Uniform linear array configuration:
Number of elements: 8
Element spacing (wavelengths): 0.5
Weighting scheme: cosine
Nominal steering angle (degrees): -45
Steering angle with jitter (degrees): -43.993
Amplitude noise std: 0.05
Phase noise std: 0.05

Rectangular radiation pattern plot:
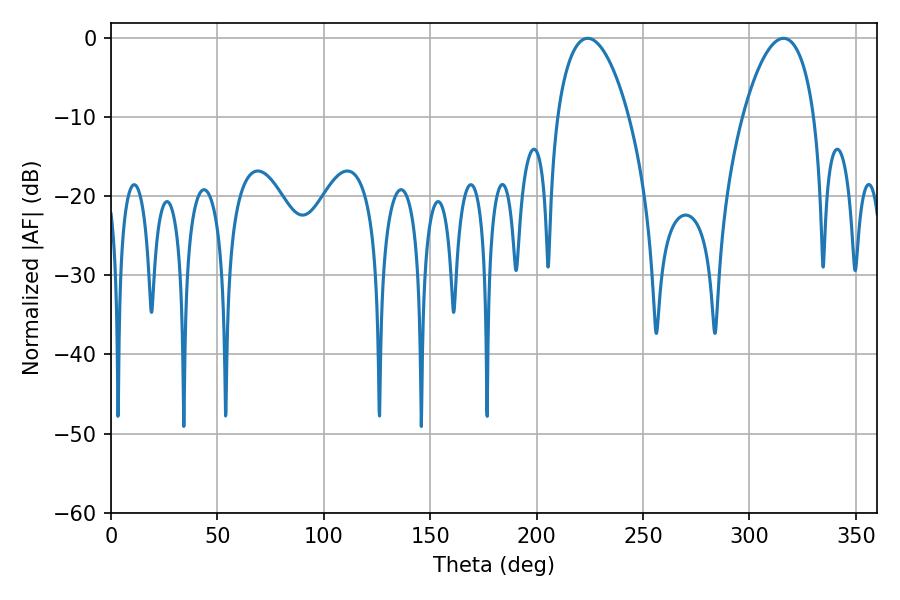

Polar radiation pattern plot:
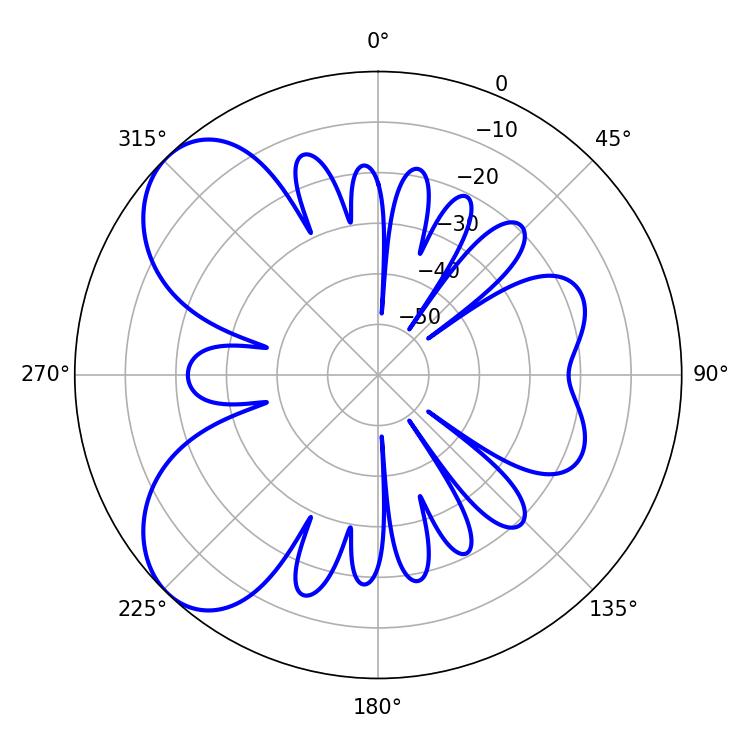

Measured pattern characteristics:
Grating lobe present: FALSE
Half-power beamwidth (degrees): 18.9
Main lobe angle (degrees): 223.92